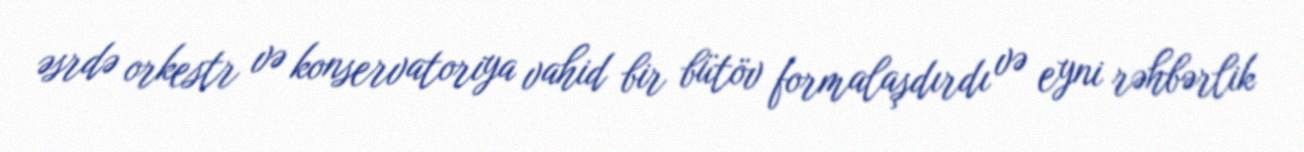
əsrdə orkestr və konservatoriya vahid bir bütöv formalaşdırdı və eyni rəhbərlik